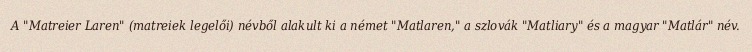
A "Matreier Laren" (matreiek legelői) névből alakult ki a német "Matlaren," a szlovák "Matliary" és a magyar "Matlár" név.